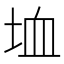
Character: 𡋒